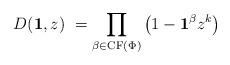
LaTeX: \begin{align*} D({\bf 1},z) \ = \prod_{\beta \in \operatorname{CF} (\Phi)} \left( 1- {\bf 1}^{\beta}z^{k} \right)\end{align*}